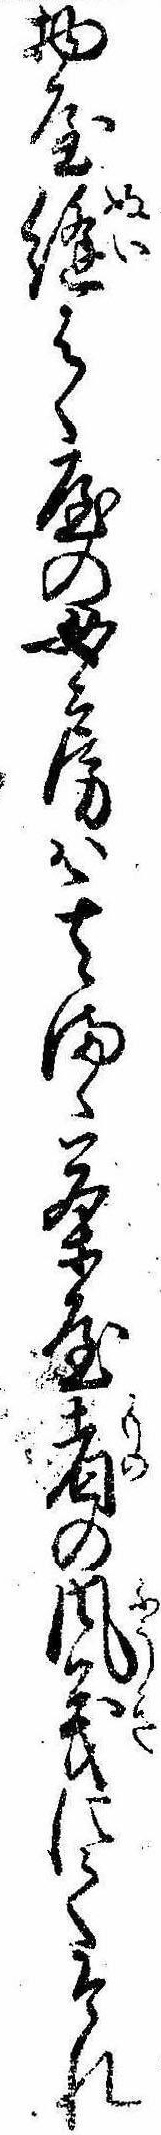
物屋縫はく屋の女房は其まゝ茶屋者の風義にてそれ